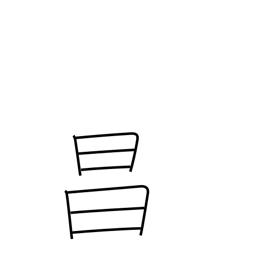
Meaning: bright